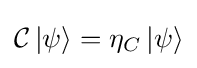
{\mathcal {C}}\,|\psi \rangle =\eta _{C}\,|{\psi }\rangle